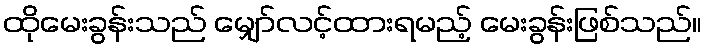
ထိုမေးခွန်းသည် မျှော်လင့်ထားရမည့် မေးခွန်းဖြစ်သည်။